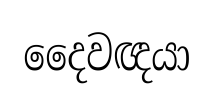
දෛවඥයා